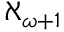
\aleph _ { \omega + 1 }